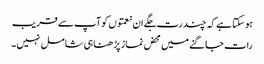
ہو سکتا ہے کہ چند رت جگے ان نعمتوں کو آپ سے قریب
رات جاگنے میں محض نماز پڑ ھنا ہی شامل نہیں ۔